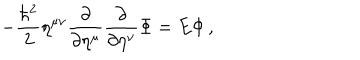
LaTeX: - \frac { \hbar ^ { 2 } } { 2 } \eta ^ { \mu \nu } \frac { \partial } { \partial \eta ^ { \mu } } \frac { \partial } { \partial \eta ^ { \nu } } \Phi = E \Phi \, ,